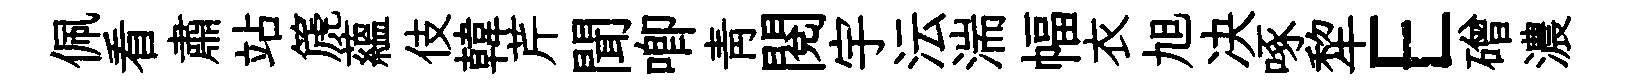
佩看肅站篪藴伎韓芹聞唧青閲宇沄湍幅衣旭决啄犂E磳濃